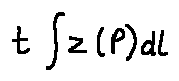
t \int z ( P ) d l